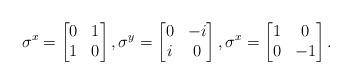
LaTeX: \begin{align*}\sigma^x=\begin{bmatrix} 0 & 1 \\ 1 & 0 \end{bmatrix},\sigma^y=\begin{bmatrix} 0 & -i \\ i & 0 \end{bmatrix},\sigma^x=\begin{bmatrix} 1 & 0 \\ 0 & -1 \end{bmatrix}.\end{align*}